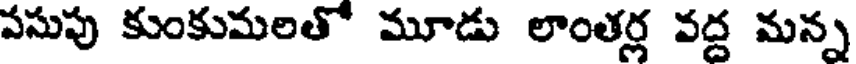
పసుపు కుంకుమలతో మూడు లాంతర్ల వద్ద మన్న